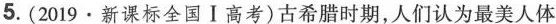
5.(2019·新课标全国Ⅰ高考)古希腊时期，人们认为最美人体